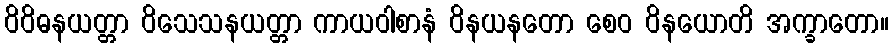
ဝိဝိဓနယတ္တာ ဝိသေသနယတ္တာ ကာယဝါစာနံ ဝိနယနတော စေဝ ဝိနယောတိ အက္ခာတော။